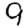
Digit: 9